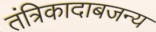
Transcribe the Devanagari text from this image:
तंत्रिकादाबजन्य